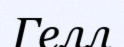
Гелл